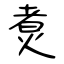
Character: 煑